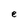
Character: e